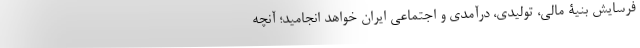
فرسایشِ بنیۀ مالی، تولیدی، درآمدی و اجتماعی ایران خواهد انجامید؛ آنچه